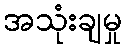
အသုံးချမှု